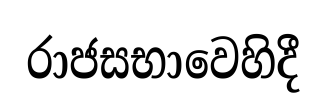
රාජසභාවෙහිදී